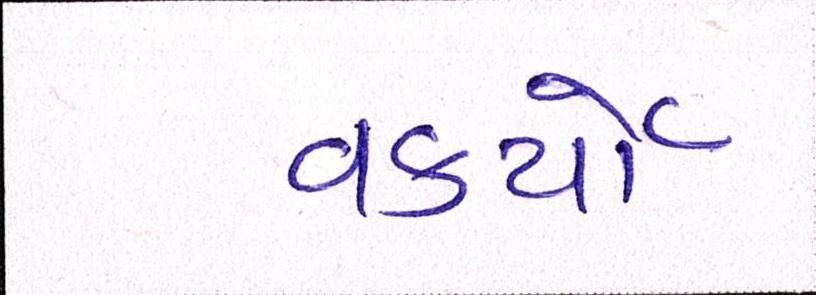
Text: વકર્યો